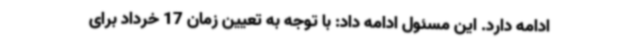
ادامه دارد. این مسئول ادامه داد: با توجه به تعیین زمان 17 خرداد برای